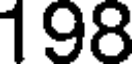
198